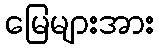
မြေများအား